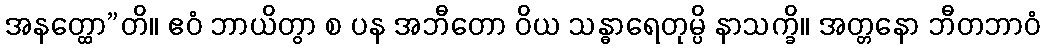
အနတ္ထော”တိ။ ဧဝံ ဘာယိတွာ စ ပန အဘီတော ဝိယ သန္ဓာရေတုမ္ပိ နာသက္ခိ။ အတ္တနော ဘီတဘာဝံ